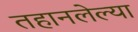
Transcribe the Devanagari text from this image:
तहानलेल्या